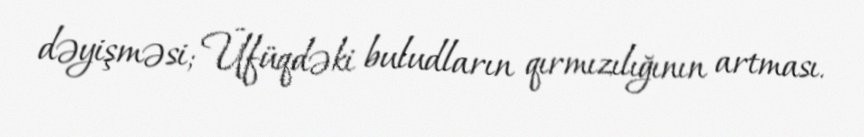
dəyişməsi; Üfüqdəki buludların qırmızılığının artması.